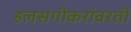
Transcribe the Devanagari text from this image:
हलसगीकरांवरती